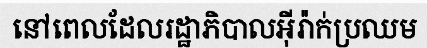
នៅពេលដែលរដ្ឋាភិបាលអ៊ីរ៉ាក់ប្រឈម